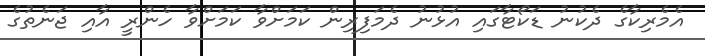
އެމެރިކާގެ ދެކުނު ޑަކޯޓާގައި އުޅުނު ދެމަފިރިން ކަމަށްވާ ކަމަށްވާ ހެންރީ އާއި ޖަނެތުގެ